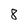
Character: 8